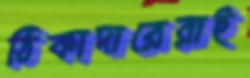
ঠিকাদারেরাই